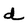
Character: d